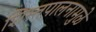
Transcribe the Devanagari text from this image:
शिस्तपालनामुळे